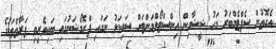
އެގޮތުން ސެޕްޓެމްބަރު މަހު ޝީޝާއިން އިންސްޓޯލްމަންޓަށް ސައިކަލު ނަގައި ޕްރޮމޯޝަނުގައި ބައިވެރިވި ފަރާތްތަކުގެ